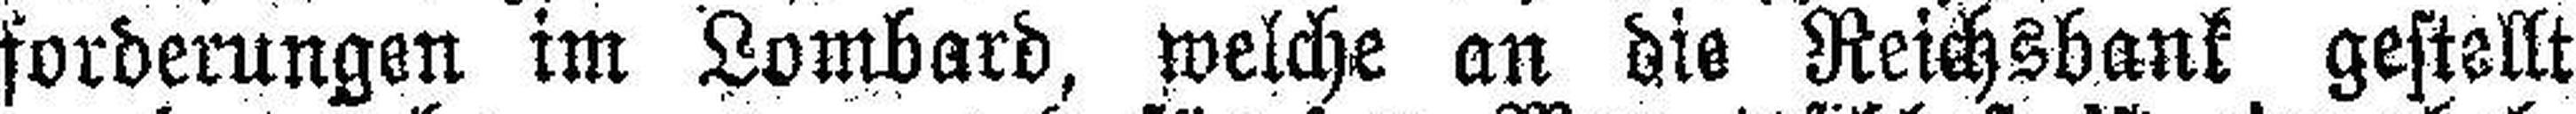
forderungen im Lombard, welche an die Reichsbank gestellt